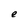
Character: e